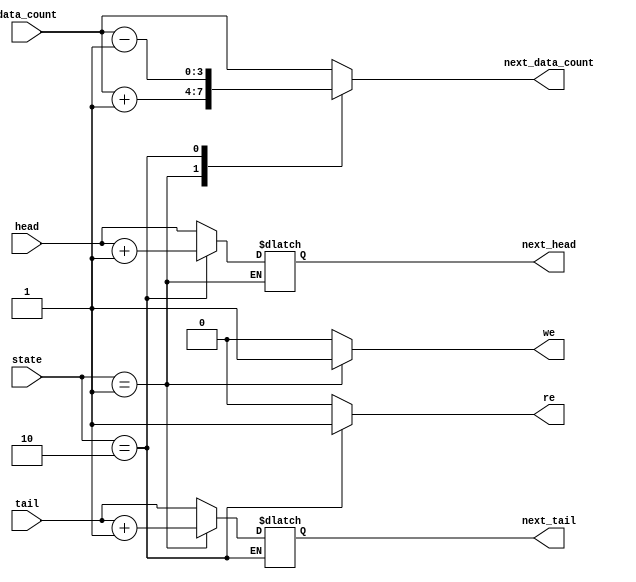
module fifo_cal(state, data_count, head, tail,next_data_count,next_head,next_tail,we,re);//calculating logic address logic module
	input [2:0]state;//inputs
	input[2:0]head,tail;
	input [3:0]data_count;
	output [2:0]next_head,next_tail;//ouputs
	output [3:0]next_data_count;
	output we, re;//enable sign
	reg we, re;
	reg [2:0]next_head,next_tail;
	reg [3:0]next_data_count;
	reg next_we, next_re;
	
	//parameter of states
	parameter IDLE=3'b000;
	parameter WRITE=3'b001;
	parameter READ=3'b010;
	parameter WR_ERROR=3'b011;
	parameter RD_ERROR=3'b100;
	
	always@(state, head, tail, data_count) begin
		case(state)
		WRITE: 	begin next_tail<=tail + 1;//if WRITE, tail++, data_count++, we=1, re=0
					  next_data_count<=data_count + 1;
					  we<=1; re<=0;
				 end
		READ: 	begin next_head<=head + 1;//if READ, head++, dadta_count--, we=0, re=1								
						next_data_count<=data_count - 1;
						we<=0; re<=1;
				end
		default: begin next_head<=head;//else, no change
							next_tail<=tail;
							next_data_count<=data_count;
						we<=0; re<=0;
					end
		endcase
	end			
endmodule